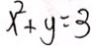
x ^ { 2 } + y = 3